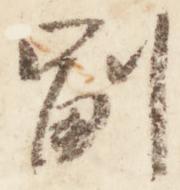
副